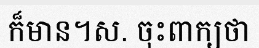
ក៏មាន។ស. ចុះពាក្យថា